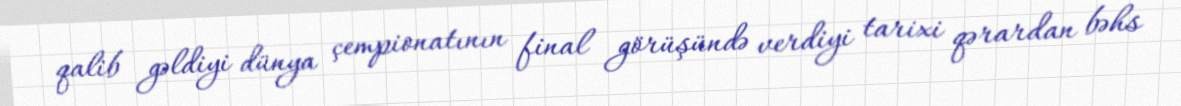
qalib gəldiyi dünya çempionatının final görüşündə verdiyi tarixi qərardan bəhs